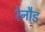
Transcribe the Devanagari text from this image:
रेनौड